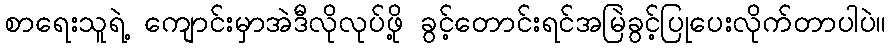
စာရေးသူရဲ့ ကျောင်းမှာအဲဒီလိုလုပ်ဖို့ ခွင့်တောင်းရင်အမြဲခွင့်ပြုပေးလိုက်တာပါပဲ။